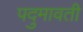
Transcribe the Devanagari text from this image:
पदुमावती